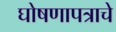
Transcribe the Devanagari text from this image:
घोषणापत्राचे